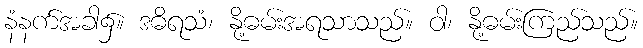
နံနက်အခါ၌။ ဒဓိရသံ၊ နို့ဓမ်းအရသာသည်။ ဝါ၊ နို့ဓမ်းကြည်သည်။